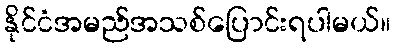
နိုင်ငံအမည်အသစ်ပြောင်းရပါမယ်။